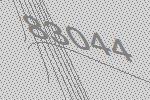
83044